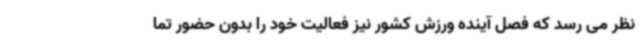
نظر می رسد که فصل آینده ورزش کشور نیز فعالیت خود را بدون حضور تما